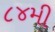
૮૪મી